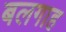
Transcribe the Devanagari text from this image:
बलगाह